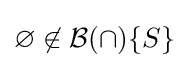
\varnothing \not \in {\mathcal {B}}(\cap )\{S\}